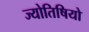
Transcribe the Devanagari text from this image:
ज्योतिषियो